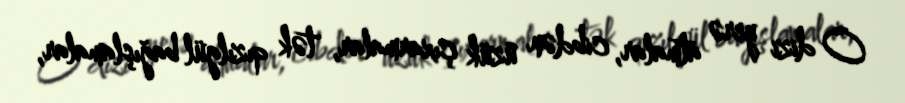
O dizi yerə atmalar, cibdən üzük çıxarmalar, tək qızılgül bağışlamalar,